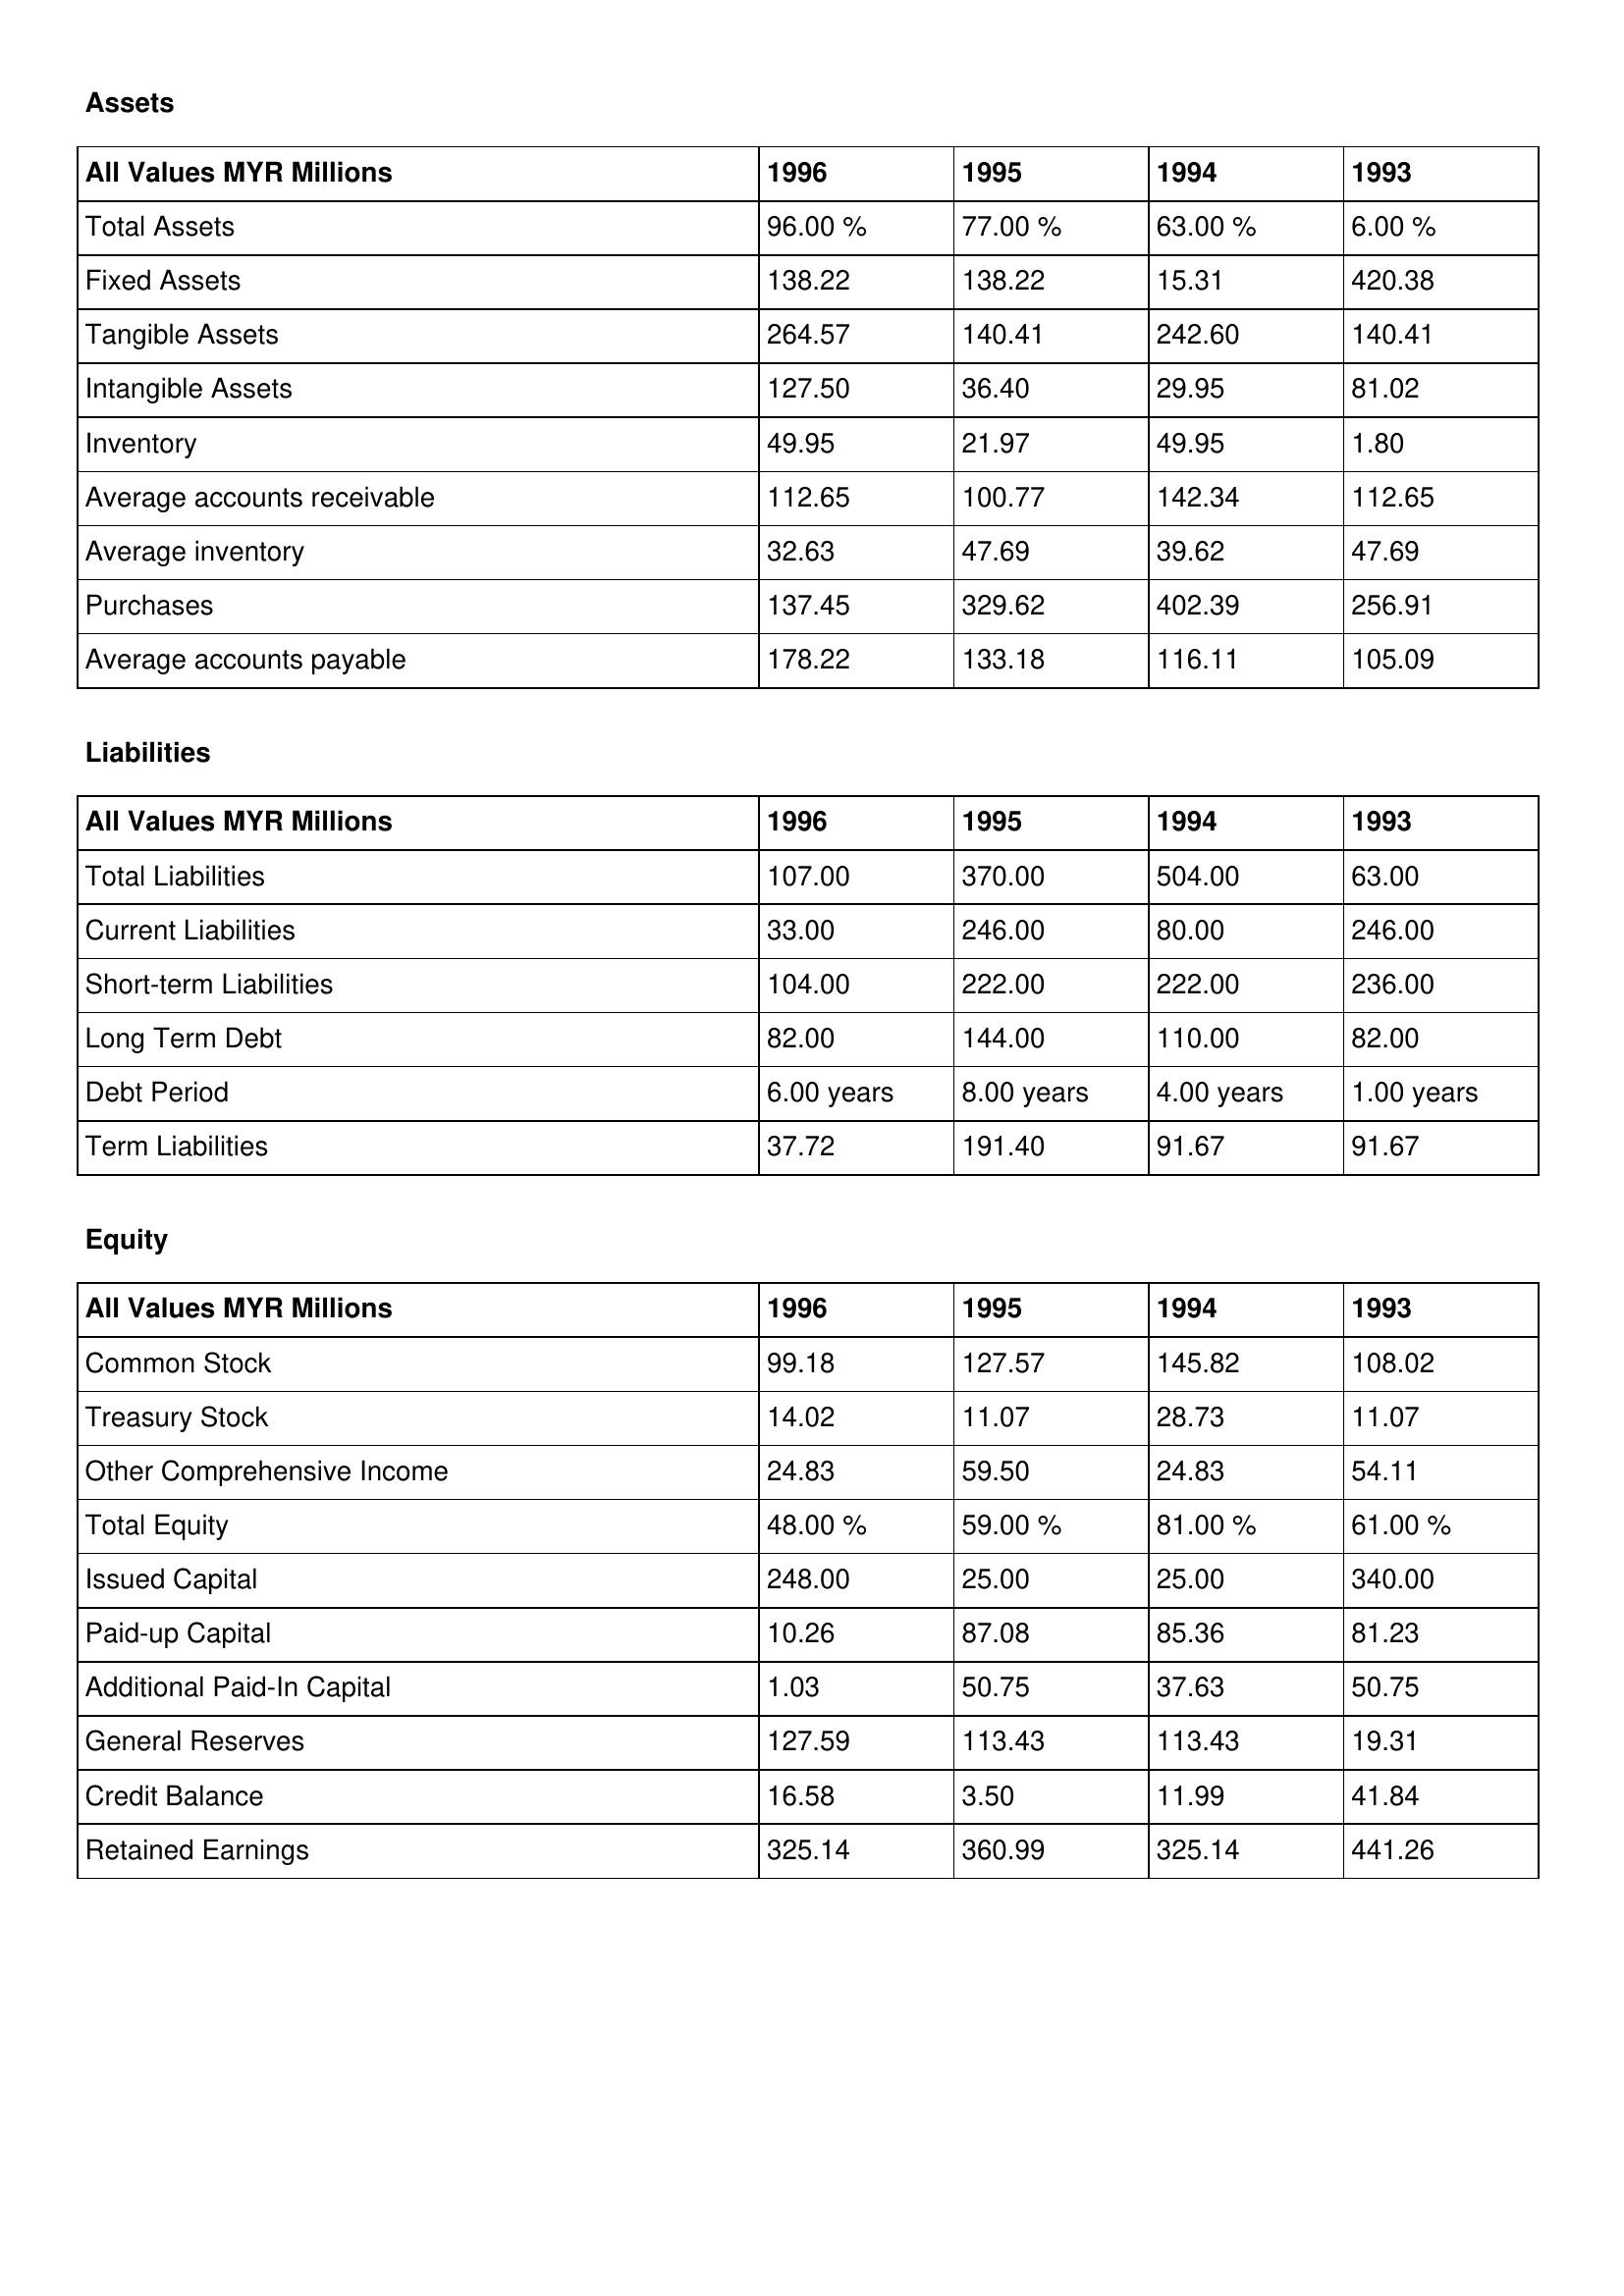
gt_parse: 1996: Assets: Total Assets: 96.00 %
Fixed Assets: 138.22
Tangible Assets: 264.57
Intangible Assets: 127.50
Inventory: 49.95
Average accounts receivable: 112.65
Average inventory: 32.63
Purchases: 137.45
Average accounts payable: 178.22
Liabilities: Total Liabilities: 107.00
Current Liabilities: 33.00
Short-term Liabilities: 104.00
Long Term Debt: 82.00
Debt Period: 6.00 years
Term Liabilities: 37.72
Equity: Common Stock: 99.18
Treasury Stock: 14.02
Other Comprehensive Income: 24.83
Total Equity: 48.00 %
Issued Capital: 248.00
Paid-up Capital: 10.26
Additional Paid-In Capital: 1.03
General Reserves: 127.59
Credit Balance: 16.58
Retained Earnings: 325.14
1995: Assets: Total Assets: 77.00 %
Fixed Assets: 138.22
Tangible Assets: 140.41
Intangible Assets: 36.40
Inventory: 21.97
Average accounts receivable: 100.77
Average inventory: 47.69
Purchases: 329.62
Average accounts payable: 133.18
Liabilities: Total Liabilities: 370.00
Current Liabilities: 246.00
Short-term Liabilities: 222.00
Long Term Debt: 144.00
Debt Period: 8.00 years
Term Liabilities: 191.40
Equity: Common Stock: 127.57
Treasury Stock: 11.07
Other Comprehensive Income: 59.50
Total Equity: 59.00 %
Issued Capital: 25.00
Paid-up Capital: 87.08
Additional Paid-In Capital: 50.75
General Reserves: 113.43
Credit Balance: 3.50
Retained Earnings: 360.99
1994: Assets: Total Assets: 63.00 %
Fixed Assets: 15.31
Tangible Assets: 242.60
Intangible Assets: 29.95
Inventory: 49.95
Average accounts receivable: 142.34
Average inventory: 39.62
Purchases: 402.39
Average accounts payable: 116.11
Liabilities: Total Liabilities: 504.00
Current Liabilities: 80.00
Short-term Liabilities: 222.00
Long Term Debt: 110.00
Debt Period: 4.00 years
Term Liabilities: 91.67
Equity: Common Stock: 145.82
Treasury Stock: 28.73
Other Comprehensive Income: 24.83
Total Equity: 81.00 %
Issued Capital: 25.00
Paid-up Capital: 85.36
Additional Paid-In Capital: 37.63
General Reserves: 113.43
Credit Balance: 11.99
Retained Earnings: 325.14
1993: Assets: Total Assets: 6.00 %
Fixed Assets: 420.38
Tangible Assets: 140.41
Intangible Assets: 81.02
Inventory: 1.80
Average accounts receivable: 112.65
Average inventory: 47.69
Purchases: 256.91
Average accounts payable: 105.09
Liabilities: Total Liabilities: 63.00
Current Liabilities: 246.00
Short-term Liabilities: 236.00
Long Term Debt: 82.00
Debt Period: 1.00 years
Term Liabilities: 91.67
Equity: Common Stock: 108.02
Treasury Stock: 11.07
Other Comprehensive Income: 54.11
Total Equity: 61.00 %
Issued Capital: 340.00
Paid-up Capital: 81.23
Additional Paid-In Capital: 50.75
General Reserves: 19.31
Credit Balance: 41.84
Retained Earnings: 441.26